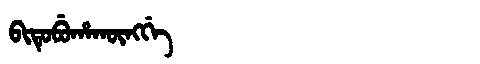
Manchu: ᠪᡳᡨᡠᠪᡠᡥᠠᡴᡡᠩᡤᡝ
Romanization: BITUBUHAKŪNGGE